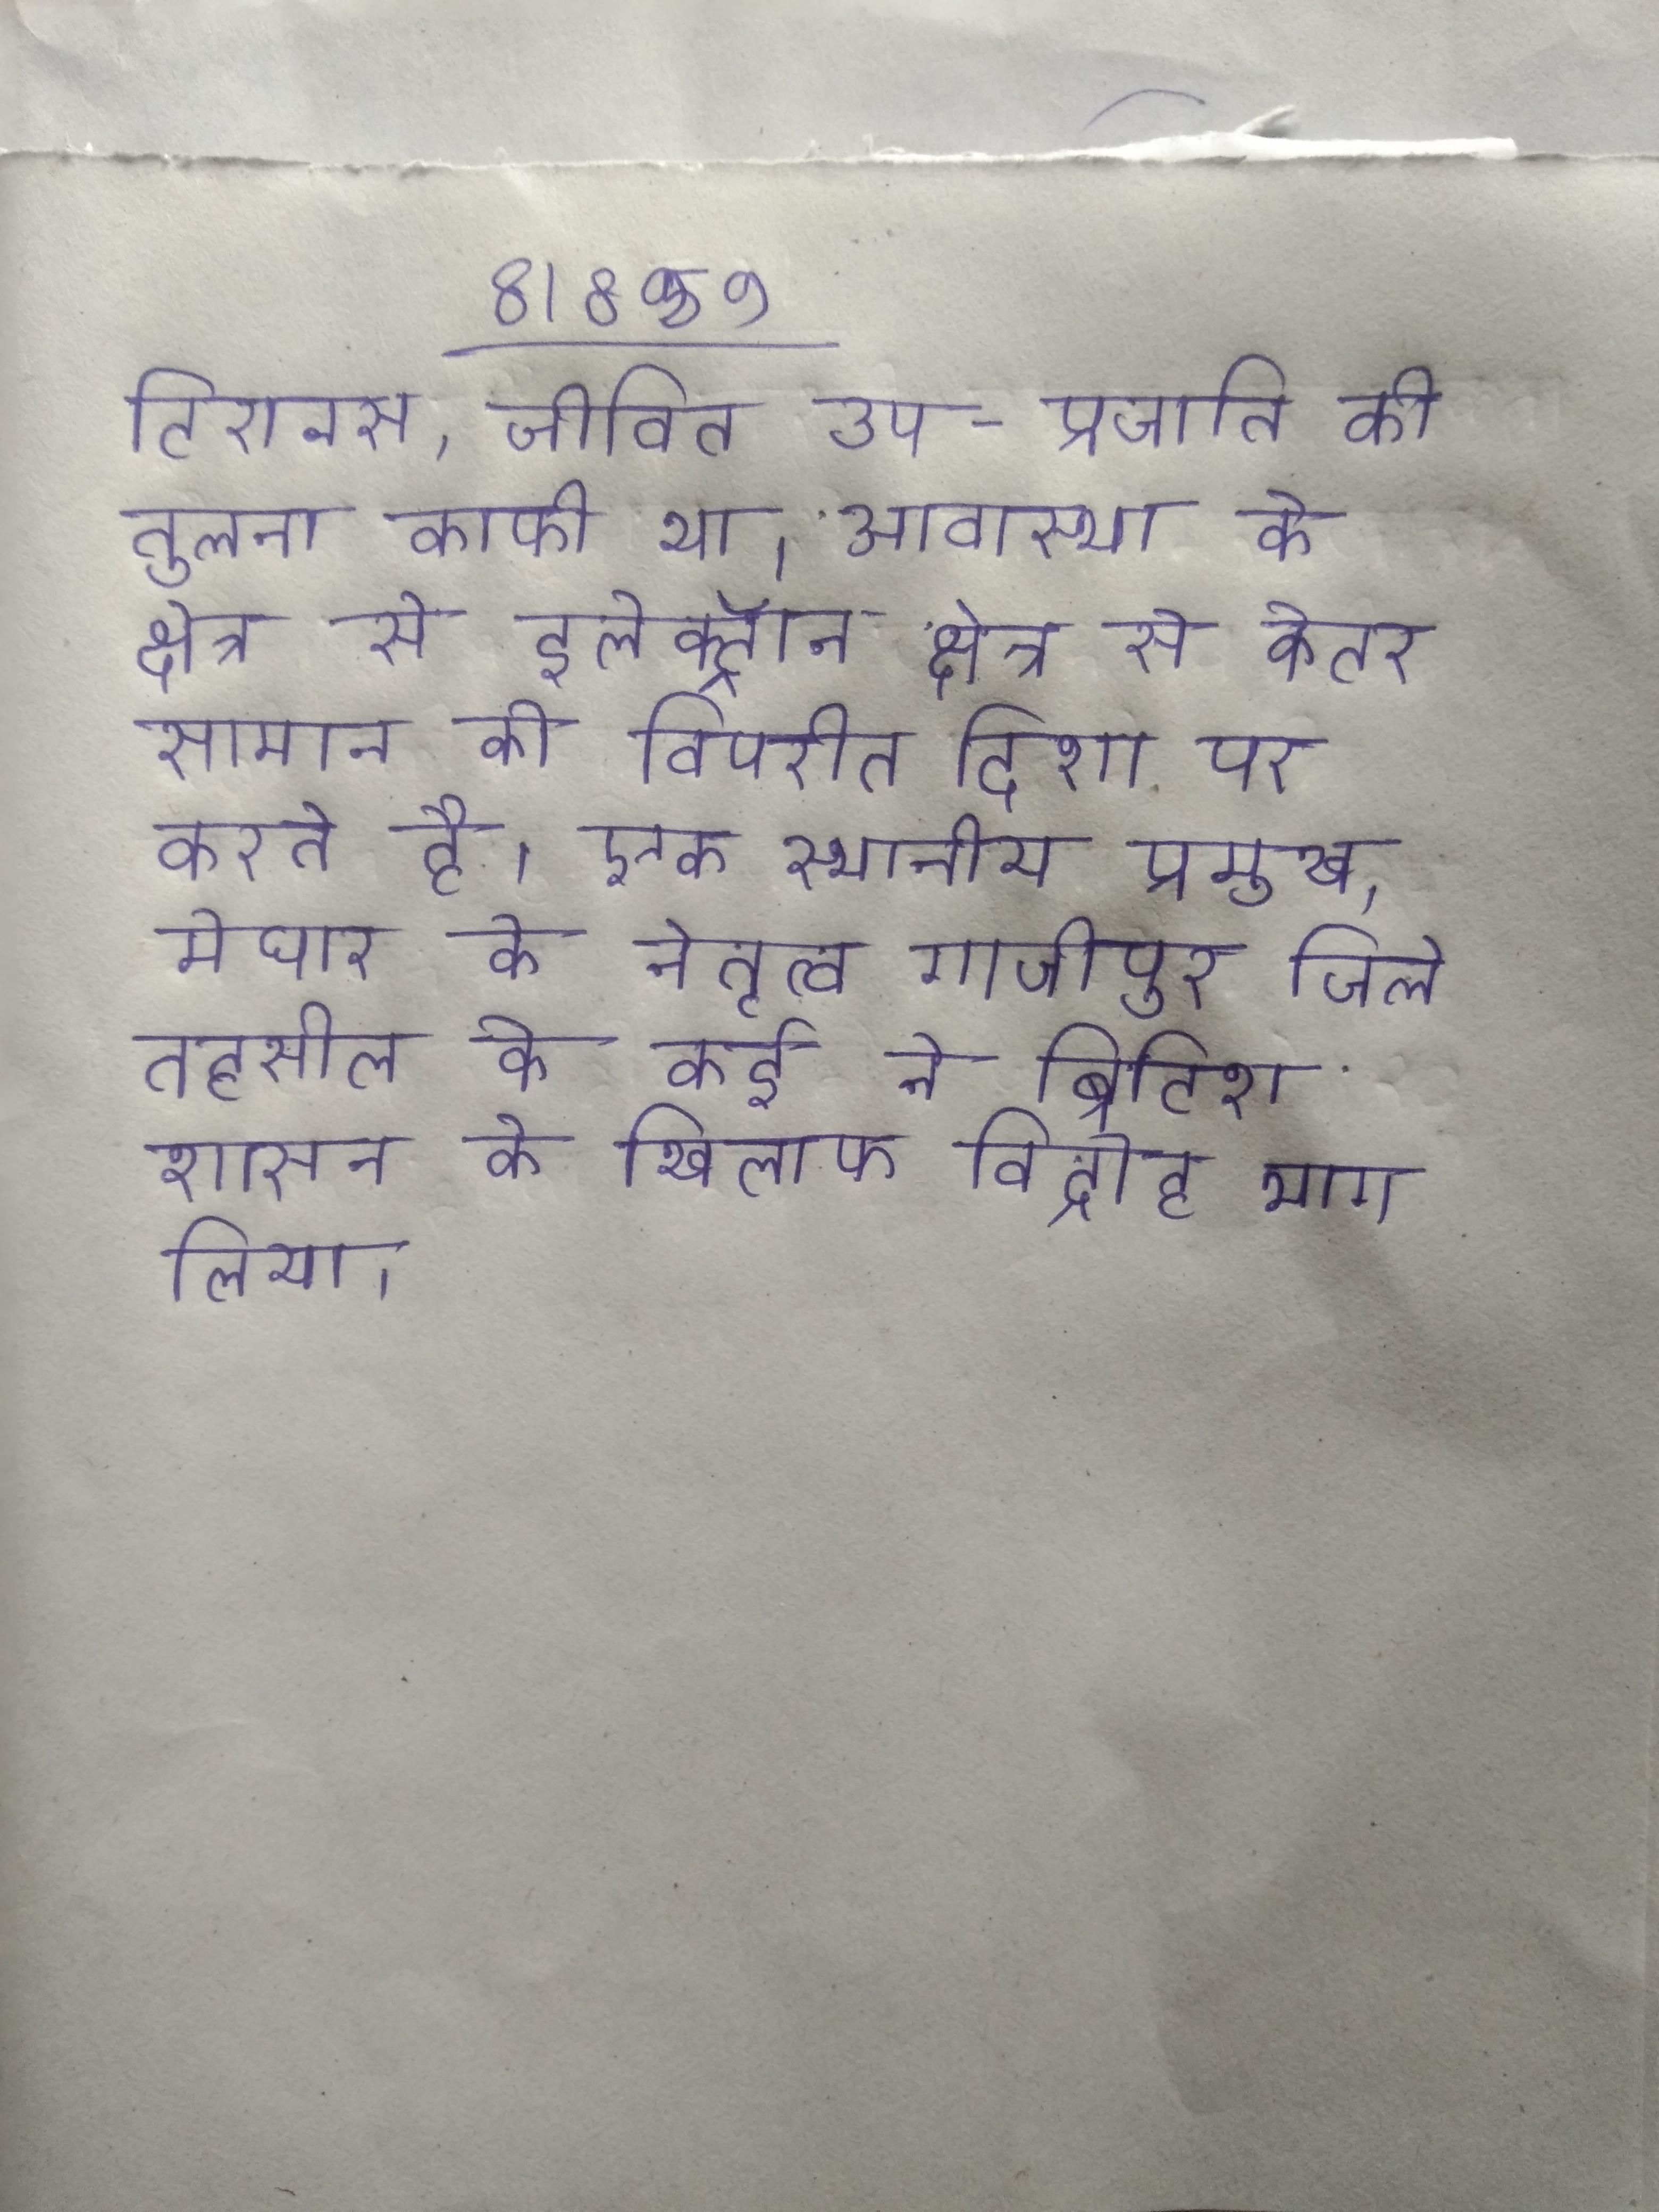
टिरानस, जीवित उप-प्रजाति की तुलना काफी था । आवास्था के क्षेत्र से इलेक्ट्रॉन क्षेत्र से कोटर समान को विपरीत दिशा पर करते है । एक स्थानीय प्रमुख, मेघार के नेतृत्व गाजीपुर जिले तहसील के कई ने ब्रिटिश शासन के खिलाफ विद्रोह भाग लिया ।